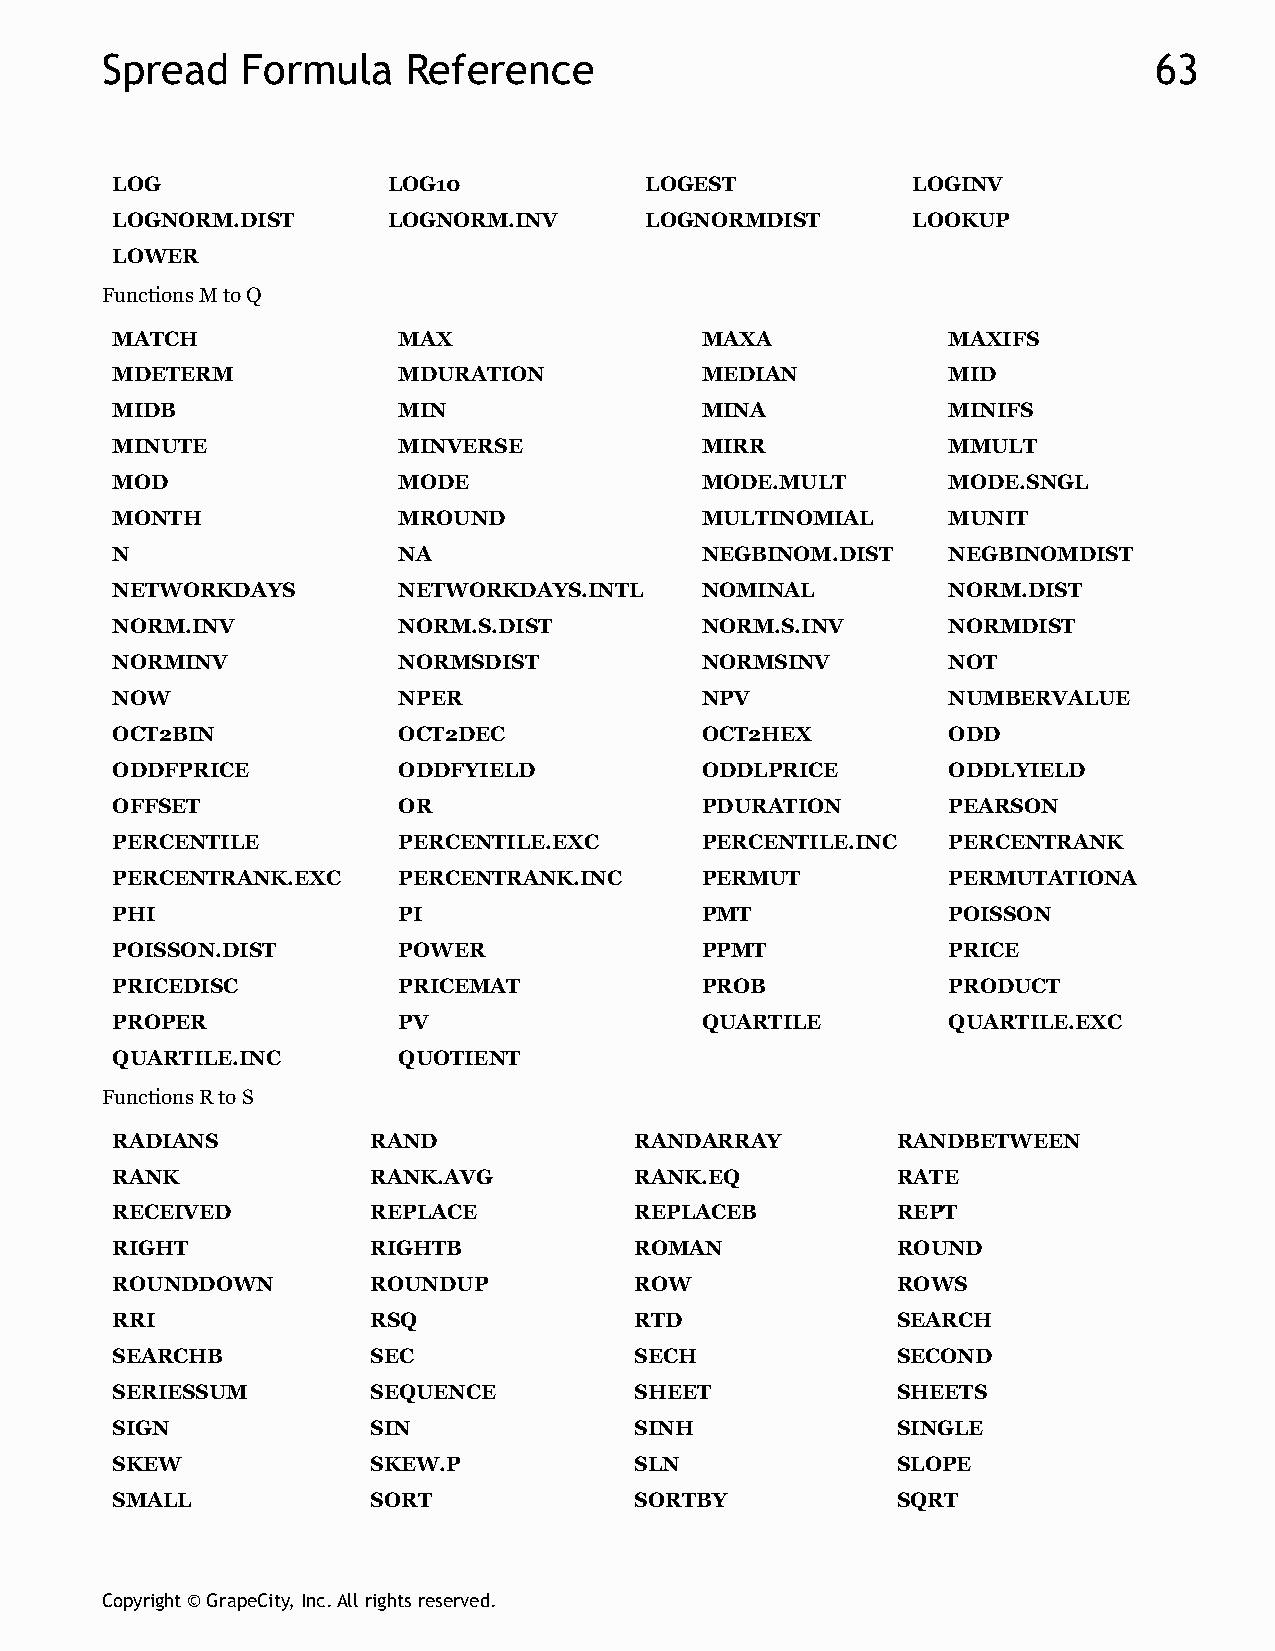
Spread   Formula    Reference                                        63
 LOG                LOG10            LOGEST           LOGINV
 LOGNORM.DIST       LOGNORM.INV      LOGNORMDIST      LOOKUP
 LOWER
 Functions M to Q
 MATCH              MAX                 MAXA             MAXIFS
 MDETERM            MDURATION           MEDIAN           MID
 MIDB               MIN                 MINA             MINIFS
 MINUTE             MINVERSE            MIRR             MMULT
 MOD                MODE                MODE.MULT        MODE.SNGL
 MONTH              MROUND              MULTINOMIAL      MUNIT
 N                  NA                  NEGBINOM.DIST    NEGBINOMDIST
 NETWORKDAYS        NETWORKDAYS.INTL    NOMINAL          NORM.DIST
 NORM.INV           NORM.S.DIST         NORM.S.INV       NORMDIST
 NORMINV            NORMSDIST           NORMSINV         NOT
 NOW                NPER                NPV              NUMBERVALUE
 OCT2BIN            OCT2DEC             OCT2HEX          ODD
 ODDFPRICE          ODDFYIELD           ODDLPRICE        ODDLYIELD
 OFFSET             OR                  PDURATION        PEARSON
 PERCENTILE         PERCENTILE.EXC      PERCENTILE.INC   PERCENTRANK
 PERCENTRANK.EXC    PERCENTRANK.INC     PERMUT           PERMUTATIONA
 PHI                PI                  PMT              POISSON
 POISSON.DIST       POWER               PPMT             PRICE
 PRICEDISC          PRICEMAT            PROB             PRODUCT
 PROPER             PV                  QUARTILE         QUARTILE.EXC
 QUARTILE.INC       QUOTIENT
 Functions R to S
 RADIANS           RAND             RANDARRAY        RANDBETWEEN
 RANK              RANK.AVG         RANK.EQ          RATE
 RECEIVED          REPLACE          REPLACEB         REPT
 RIGHT             RIGHTB           ROMAN            ROUND
 ROUNDDOWN         ROUNDUP          ROW              ROWS
 RRI               RSQ              RTD              SEARCH
 SEARCHB           SEC              SECH             SECOND
 SERIESSUM         SEQUENCE         SHEET            SHEETS
 SIGN              SIN              SINH             SINGLE
 SKEW              SKEW.P           SLN              SLOPE
 SMALL             SORT             SORTBY           SQRT
 Copyright © GrapeCity, Inc. All rights reserved.